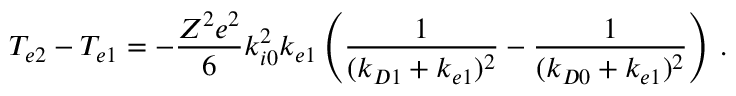
T _ { e 2 } - T _ { e 1 } = - \frac { Z ^ { 2 } e ^ { 2 } } { 6 } k _ { i 0 } ^ { 2 } k _ { e 1 } \left( \frac { 1 } { ( k _ { D 1 } + k _ { e 1 } ) ^ { 2 } } - \frac { 1 } { ( k _ { D 0 } + k _ { e 1 } ) ^ { 2 } } \right) \, .